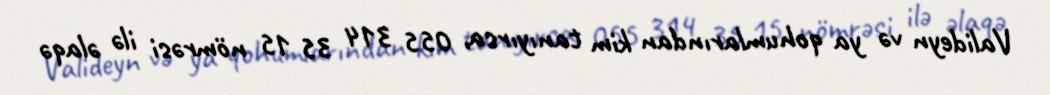
Valideyn və ya qohumlarından kim tanıyırsa, 055 314 35 15 nömrəsi ilə əlaqə